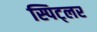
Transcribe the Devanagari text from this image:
स्पिट्लर